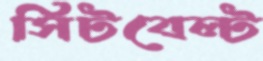
সিটবেল্ট